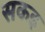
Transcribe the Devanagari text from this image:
सकइ